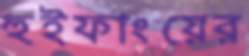
হুইফাংয়ের